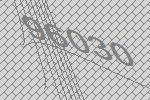
96030